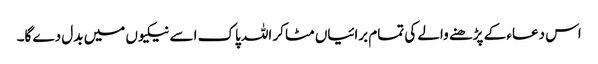
اس دعاء کے پڑھنے والے کی تمام برائیاں مٹا کر اللہ پاک اسے نیکیوں میں بدل دے گا۔